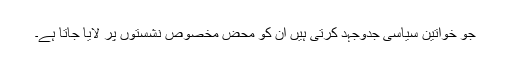
جو خواتین سیاسی جدوجہد کرتی ہیں ان کو محض مخصوص نشستوں پر لایا جاتا ہے۔